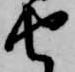
由